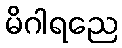
မိဂါရညေ